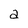
Character: a